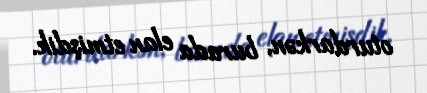
oturdarkən, burada elan etmişdik.